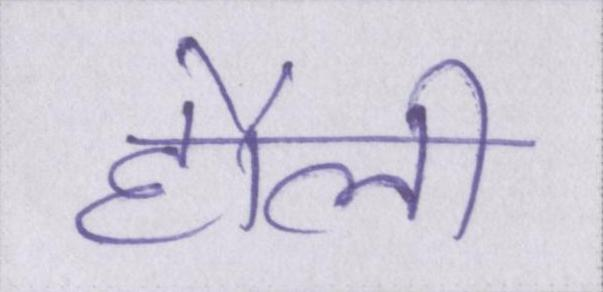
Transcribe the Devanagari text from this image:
हौली